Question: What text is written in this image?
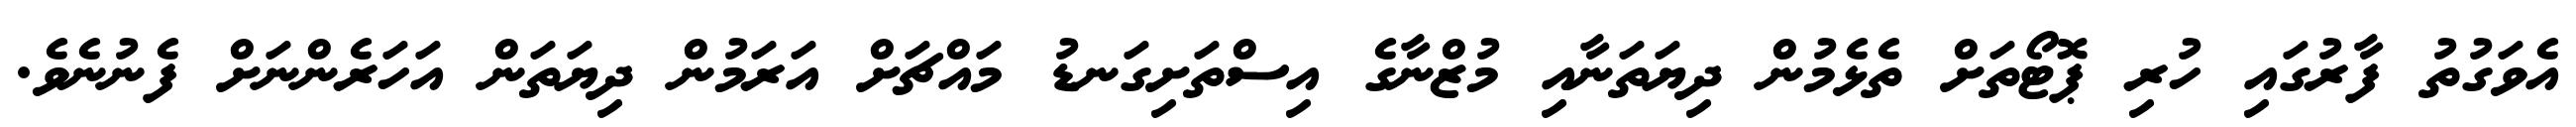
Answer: އެވަގުތު ފާރުގައި ހުރި ޕޮޓޯތަށް ތެޅެމުން ދިޔަތަނާއި މުޒްނާގެ އިސްތަށިގަނޑު މައްޗަށް އަރަމުން ދިޔަތަން އަހަރެންނަށް ފެނުނެވެ.